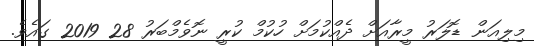
މިލިއަން ޑޮލަަރު މީރާއަށް ދެއްކުމަށް ހުކުމް ކުރީ ނޮވެމްބަރު 28 2019 ގައެވެ.